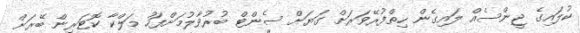
ކުލައިގެ ޖީންސެއް ލައިގެން ހިތްފުރޭވަރަށް ގަޔަށް ސެންޓް ބުރުވާލުމަށްފަހު މަލްކާ ކޮޓަރިން ބޭރަށް